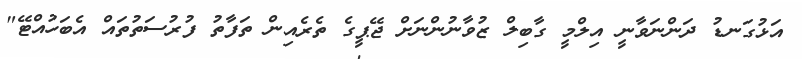
އަޅުގަނޑު ދަންނަވާނީ އިލްމީ ގާބިލް ޒުވާނުންނަށް ޖޭޕީގެ ތެރެއިން ތަފާތު ފުރުސަތުތައް އެބަހުއްޓޭ"